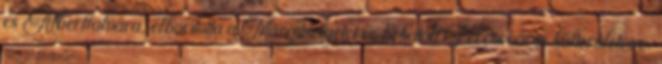
és Albertfalvára, elborította a Margitszigetet és behatolt Ferencváros külterületeire.